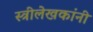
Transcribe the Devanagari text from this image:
स्त्रीलेखकांनी